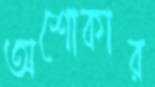
অশোকার